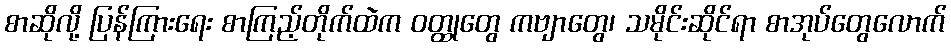
စာဆိုလို့ ပြန်ကြားရေး စာကြည့်တိုက်ထဲက ဝတ္ထုတွေ ကဗျာတွေ၊ သမိုင်းဆိုင်ရာ စာအုပ်တွေလောက်